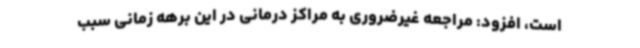
است، افزود: مراجعه غیرضروری به مراکز درمانی در این برهه زمانی سبب